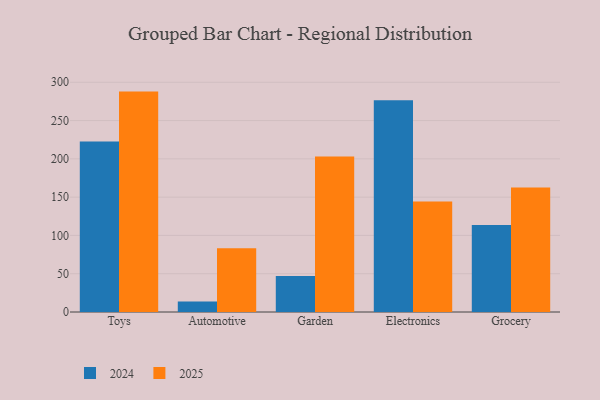
{"axis": {"x": "Category", "y": "Tickets Resolved"}, "legend": ["2024", "2025"], "data": [{"x": "Toys", "y": 222.7, "type": "2024"}, {"x": "Toys", "y": 287.8, "type": "2025"}, {"x": "Automotive", "y": 13.8, "type": "2024"}, {"x": "Automotive", "y": 83.3, "type": "2025"}, {"x": "Garden", "y": 46.9, "type": "2024"}, {"x": "Garden", "y": 202.9, "type": "2025"}, {"x": "Electronics", "y": 276.6, "type": "2024"}, {"x": "Electronics", "y": 144.4, "type": "2025"}, {"x": "Grocery", "y": 113.6, "type": "2024"}, {"x": "Grocery", "y": 162.5, "type": "2025"}]}